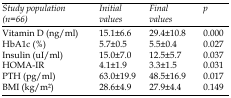
<table><thead><tr><td><b><i>Study population (n=66)</i></b></td><td><b><i>Initial values</i></b></td><td><b><i>Final values</i></b></td><td><b><i>p</i></b></td></tr></thead><tbody><tr><td>Vitamin D (ng/ml)</td><td>15.1±6.6</td><td>29.4±10.8</td><td>0.000</td></tr><tr><td>HbA1c (%)</td><td>5.7±0.5</td><td>5.5±0.4</td><td>0.027</td></tr><tr><td>Insulin (uI/ml)</td><td>15.0±7.0</td><td>12.5±5.7</td><td>0.037</td></tr><tr><td>HOMA-IR</td><td>4.1±1.9</td><td>3.3±1.5</td><td>0.031</td></tr><tr><td>PTH (pg/ml)</td><td>63.0±19.9</td><td>48.5±16.9</td><td>0.017</td></tr><tr><td>BMI (kg/m2)</td><td>28.6±4.9</td><td>27.9±4.4</td><td>0.149</td></tr></tbody></table>